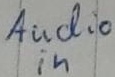
Text: Audio in